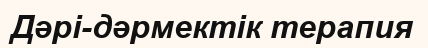
Дәрі-дәрмектік терапия